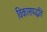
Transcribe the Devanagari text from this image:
विकासपद्धति